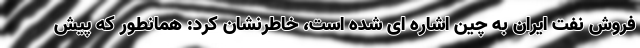
فروش نفت ایران به چین اشاره ای شده است، خاطرنشان کرد: همانطور که پیش